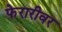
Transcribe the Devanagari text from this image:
फेरारीवर